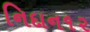
નિદાન૧૨